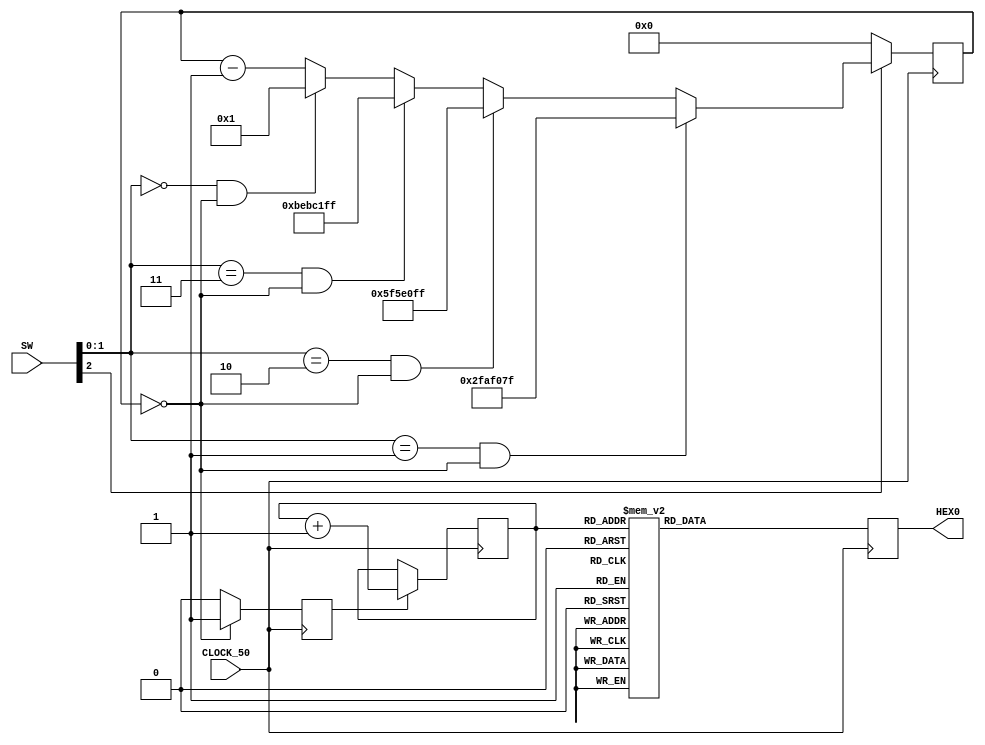
`timescale 1ns / 1ns // `timescale time_unit/time_precision

module lab4part2(SW, CLOCK_50, HEX0);
  input [9:0]SW;
	input CLOCK_50;
	output reg [6:0]HEX0;
  

	reg Enable;
	reg [27:0]counter;
  
	reg [3:0]hexc;
	wire[6:0] out;
  hex h2(.out(out), .in(hexc[3:0]));
  /*
	* SW:
		* 1:0 speed
		* 2   clear
		* hex0 display
	*/
  always@(posedge CLOCK_50)
	begin
		// reset case
	  if (SW[2] == 1'b0)
	    counter <= 0;
		// case 1hz
		else
		begin
			counter <= counter - 1; 
			// case 1hz
			if(SW[1:0] == 2'b01 && counter == 0)
			begin
				counter <= 50000000 - 1;
		    Enable <= (counter == 0) ? 1:0;
			end
			// case .5hz
			else if(SW[1:0] == 2'b10 && counter == 0)
			begin
				counter <= 100000000 - 1; 
			end
			// case .25hz
			else if(SW[1:0] == 2'b11 && counter == 0)
			begin
				counter <= 200000000 - 1;
			end
			// case full
			else if(SW[1:0] == 2'b00 && counter == 0)
			begin
				counter <= 1;
			end
		end
		Enable <= (counter == 0) ? 1:0;
		if (Enable == 1)
			hexc <= hexc + 1;
      case(hexc)
			0 : HEX0 = 7'b1000000;
			1 : HEX0 =7'b1111001;
			2 : HEX0 =7'b0101000;
			3 : HEX0 =7'b0110000;
			4 : HEX0 =7'b0011001;
			5 : HEX0 =7'b0010010;
			6 : HEX0 =7'b0000010;
			7 : HEX0 =7'b1111000;
			8 : HEX0 =7'b0000000;
			9 : HEX0 =7'b0010000;
			10 : HEX0 =7'b0001000;
			11 : HEX0 =7'b0000011;
			12 : HEX0 =7'b1000110;
			13 : HEX0 =7'b0100001;
			14 : HEX0 =7'b0000110;
			15 : HEX0 =7'b0001110;
			default: HEX0 =7'b0000000;
		endcase

	end
endmodule

// convert signals into a hex display, changed from [0:6] to [6:0]
module hex(out,in);
	input [3:0]in;
	output reg [6:0]out;
	always@(in)
		case(in)
			0 : out=7'b1000000;
			1 : out=7'b1111001;
			2 : out=7'b0101000;
			3 : out=7'b0110000;
			4 : out=7'b0011001;
			5 : out=7'b0010010;
			6 : out=7'b0000010;
			7 : out=7'b1111000;
			8 : out=7'b0000000;
			9 : out=7'b0010000;
			10 : out=7'b0001000;
			11 : out=7'b0000011;
			12 : out=7'b1000110;
			13 : out=7'b0100001;
			14 : out=7'b0000110;
			15 : out=7'b0001110;
			default: out=7'b0000000;
		endcase
endmodule

/*
* Cycle to the next letter iff enable is 1
* Letters 0 - f
*/
// module hexLooper(current, enable, next);
//   input [3:0] current;
// 	input enable;
// 	output reg [3:0] next;
// 
// 	if (enable == 1'b1) 
//     assign next <= current + 4'b0001;	
//   else
// 	  assign next <= current;
// 
// endmodule